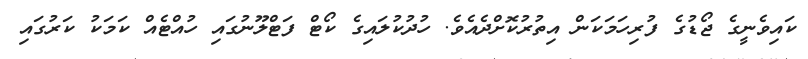
ކައިވެނީގެ ޖޯޑުގެ ފުރިހަމަކަން އިތުރުކޮށްދެއެވެ. ހުދުކުލައިގެ ކޯޓް ފަޓްލޫނުގައި ހުއްޓެއް ކަމަކު ކަރުގައި